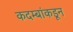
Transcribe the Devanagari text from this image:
कदम्बांकडून